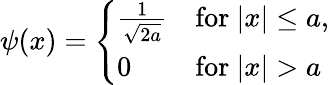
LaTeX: \psi(x)={\left\{ \begin{array}{ll}{{\frac{1}{\sqrt{2a}}}}&{{\mathrm{for~}}|x|\leq a,}\\ {0}&{{\mathrm{for~}}|x|>a}\end{array}\right.}